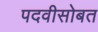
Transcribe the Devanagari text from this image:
पदवीसोबत